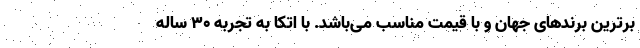
برترین برندهای جهان و با قیمت مناسب می­باشد. با اتکا به تجربه 30 ساله